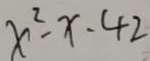
x ^ { 2 } - x \cdot 4 2